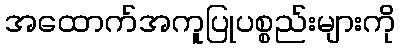
အထောက်အကူပြုပစ္စည်းများကို